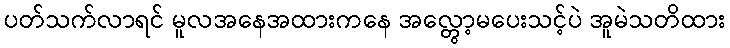
ပတ်သက်လာရင် မူလအနေအထားကနေ အလ္တွော့မပေးသင့်ပဲ အူမဲသတိထား